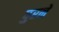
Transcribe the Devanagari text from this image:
पुरने